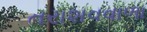
તરાશવવાળા